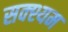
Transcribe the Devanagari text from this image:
सक्श्यम